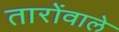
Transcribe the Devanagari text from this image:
तारोंवाले